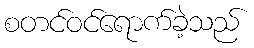
စတင်ဝင်ရောက်ခဲ့သည်